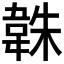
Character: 𮧱